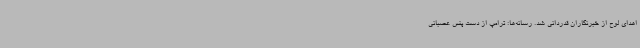
اهدای لوح از خبرنگاران قدردانی شد. رسانه‌ها: ترامپ از دست پنس عصبانی